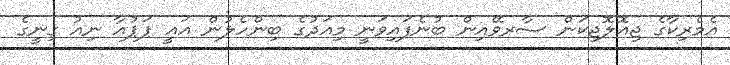
އެމެރިކާގެ ޖިއޮލޮޖިކަން ސާރވޭއިން ބުނެފައިވަނީ މިއަދުގެ ބިންހެލުން އައީ ޕަޕުއާ ނިއު ގިނީގެ